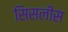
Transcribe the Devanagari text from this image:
सिसलीस